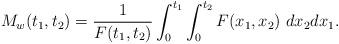
LaTeX: \begin{align*}M_{w}(t_{1},t_{2})=\frac{1}{F(t_{1},t_{2})}\int_{0}^{t_{1}}\int_{0}^{t_{2}}F(x_{1},x_{2})\ dx_{2}dx_{1}. \end{align*}